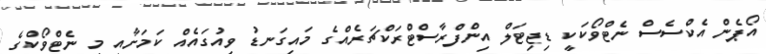
އޯޕެން އެކްސެސް ނެޓްވޯކަކީ ޑިޖިޓަލް އިންފްރާސްޓްރަކްޗަރެއްގެ މައިގަނޑު ވިއުގައެއް ކަމަށާއި މި ނެޓްވޯކްގެ